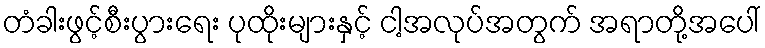
တံခါးဖွင့်စီးပွားရေး ပုထိုးများနှင့် ငါ့အလုပ်အတွက် အရာတို့အပေါ်